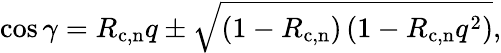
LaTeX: \cos\gamma=R_{\mathrm{c,n}}q\pm\sqrt{\left(1-R_{\mathrm{c,n}}\right)\left(1-R_{\mathrm{c,n}}q^{2}\right)},